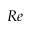
R e